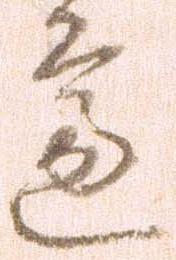
慮